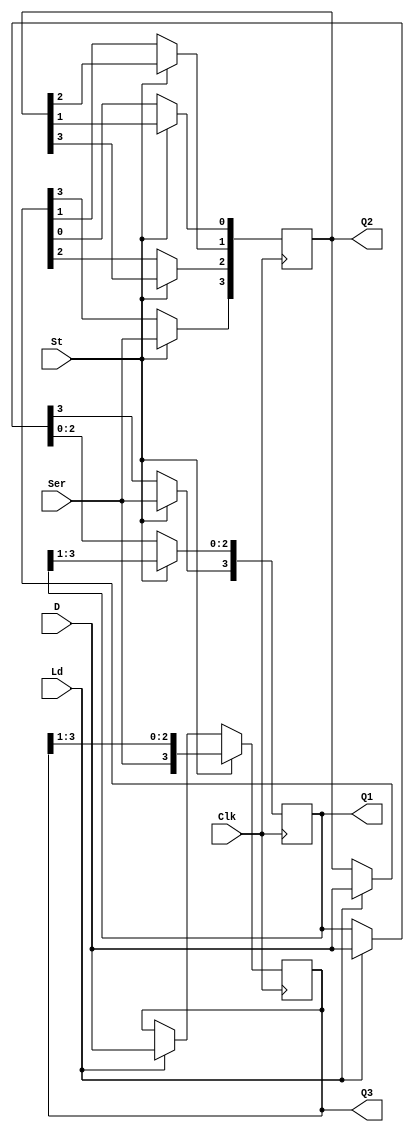
// Ch08 shift_reg.v
// s

module shift_reg (Clk,St,Ld,Ser,D,Q1,Q2,Q3);
input  Clk,St,Ld,Ser;		// @J
input  [3:0] D;			// |J
output [3:0] Q1,Q2,Q3;		// |X
reg    [3:0] Q1,Q2,Q3;		// is
integer i;			// i

// Uto,WtPBk,WtPBJ
// Bl
always@ (negedge Clk) 
  if (St)
    begin
      Q1 = Q1 >> 1;
      Q1[3] = Ser; 
    end
  else if (Ld)
    Q1 = D;

//  for z
always@ (negedge Clk)
  if (St)
    begin
      for(i = 0; i <= 2; i = i+1)
        Q2[i] = Q2[i+1];
      Q2[3] = Ser;
    end
  else if (Ld)
    Q2 = D;


// sBl
always@ (negedge Clk) 
  if (St)
    Q3 = {Ser,Q3[3:1]};
  else if (Ld)
    Q3 = D;
 
endmodule